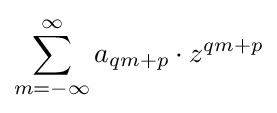
\sum _{m=-\infty }^{\infty }a_{qm+p}\cdot z^{qm+p}